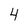
Character: 4